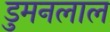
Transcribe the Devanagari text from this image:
डुमनलाल